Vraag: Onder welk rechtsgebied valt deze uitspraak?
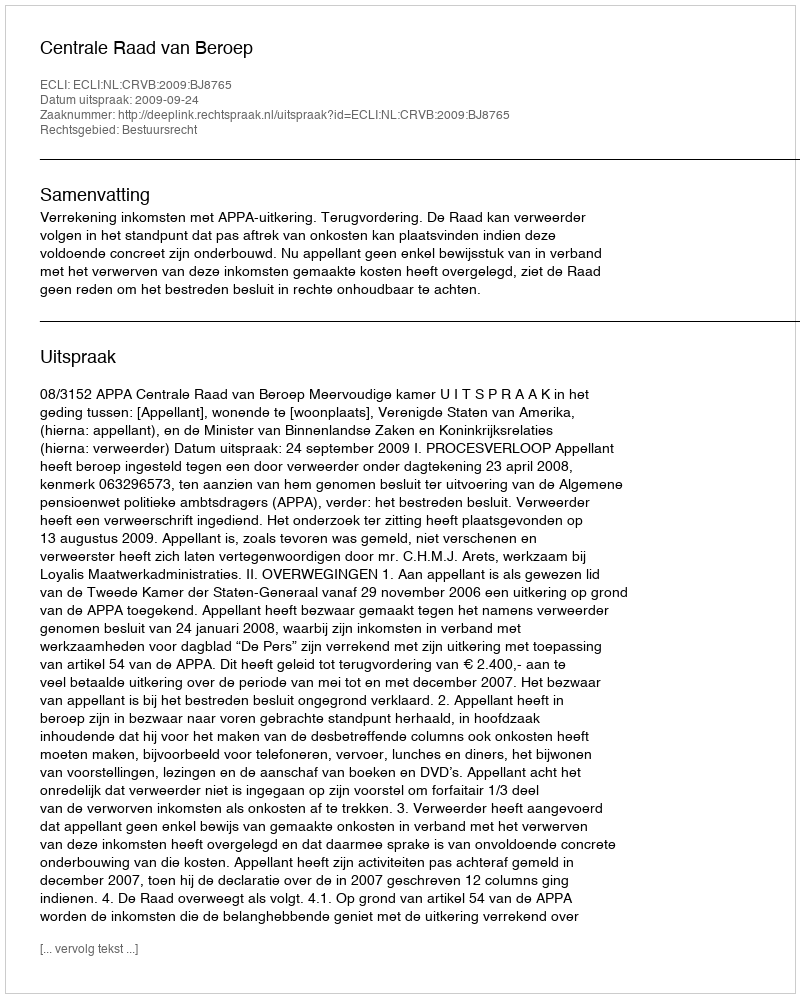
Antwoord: Bestuursrecht